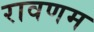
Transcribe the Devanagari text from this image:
रावणम